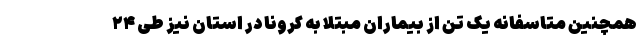
همچنین متاسفانه یک تن از بیماران مبتلا به کرونا در استان نیز طی ۲۴